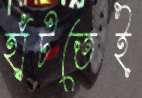
হাঁটতেই